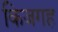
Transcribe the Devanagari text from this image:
किजगह